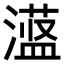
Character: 𪷞